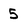
Character: 5